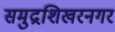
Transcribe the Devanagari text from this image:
समुद्रशिखरनगर